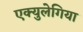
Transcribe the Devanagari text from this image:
एक्युलेगिया